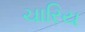
ચારિય